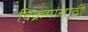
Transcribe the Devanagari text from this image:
विक्रमांसाठी